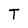
Character: T